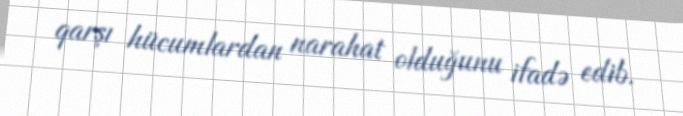
qarşı hücumlardan narahat olduğunu ifadə edib.